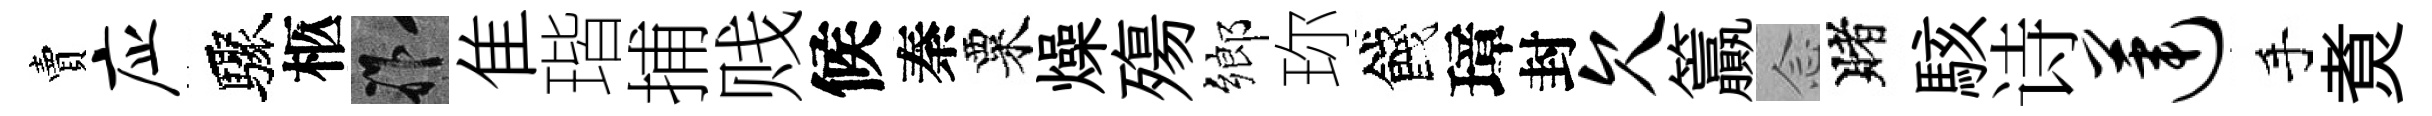
賣应驟柩祚隹瑎捕贱候秦粟燥殤鄉珎餞璋封欠籯𫝹賭駭诗莲手煑